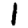
Digit: 1